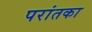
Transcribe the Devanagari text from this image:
परांतका